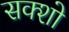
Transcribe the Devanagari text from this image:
सक्शो